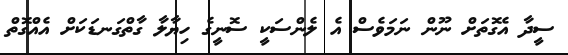
ސީދާ އެގޮތަށް ނޫން ނަމަވެސް އެ ލެންސަކީ ސޮނީގެ ހިޔާލާ ގާތްގަނޑަކަށް އެއްގޮތް